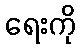
ရေးကို